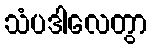
သံပဒါလေတွာ